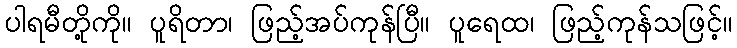
ပါရမီတို့ကို။ ပူရိတာ၊ ဖြည့်အပ်ကုန်ပြီ။ ပူရေထ၊ ဖြည့်ကုန်သဖြင့်။